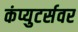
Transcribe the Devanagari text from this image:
कंप्युटर्सवर